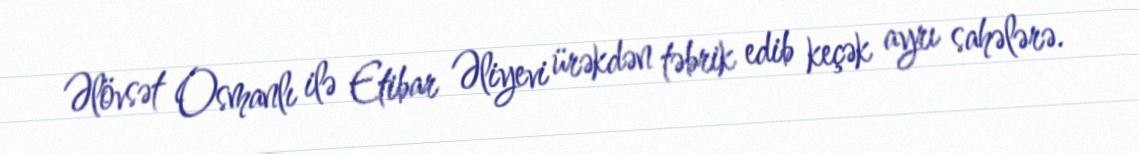
Əlövsət Osmanlı ilə Etibar Əliyevi ürəkdən təbrik edib keçək ayrı sahələrə.